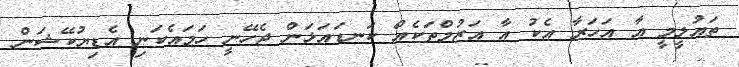
ތައުލީމީ އާ އަހަރާ އެކު އާ އަޒުމްތަކެއް ކަނޑައަޅަން ޖެހޭނީ ހަމައެކަނި އެޑިޔުކޭޝަން